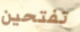
تفتحين